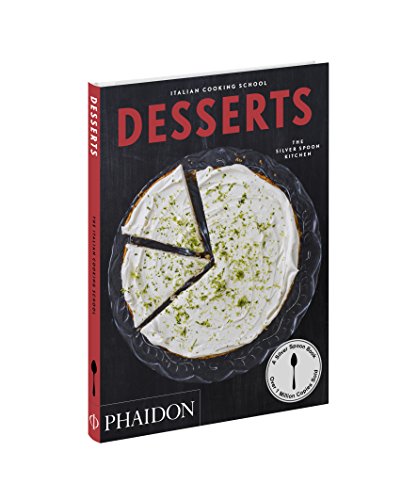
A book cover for Italian Cooking School: Desserts; The Silver Spoon Kitchen; Cookbooks, Food & Wine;